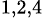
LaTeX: ^{1,2,4}